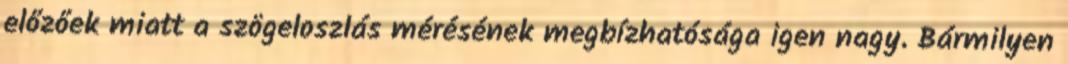
előzőek miatt a szögeloszlás mérésének megbízhatósága igen nagy. Bármilyen